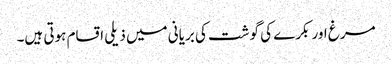
مرغ اور بکرے کی گوشت کی بریانی میں ذیلی اقسام ہوتی ہیں۔